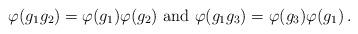
LaTeX: \begin{align*} \varphi (g_1 g_2) = \varphi (g_1) \varphi (g_2) \mbox{ and } \varphi (g_1 g_3) = \varphi (g_3) \varphi (g_1) \,.\end{align*}